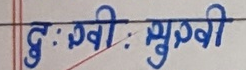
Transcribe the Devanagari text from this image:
दुःखी : सुखी